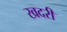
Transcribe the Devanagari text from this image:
खदरी